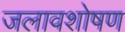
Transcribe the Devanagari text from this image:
जलावशोषण